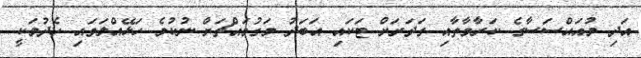
އަދި މުއައްސަސާގެ ކަރާމާތާއި ގަދަރަށް ޓަކައި އަބަދު މަގުމައްޗަށް ނުކުމެ ހަޅޭއްލަވައި ހެދުމަކީ